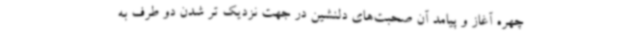
چهره آغاز و پیامد آن صحبت‌های دلنشین در جهت نزدیک تر شدن دو طرف به